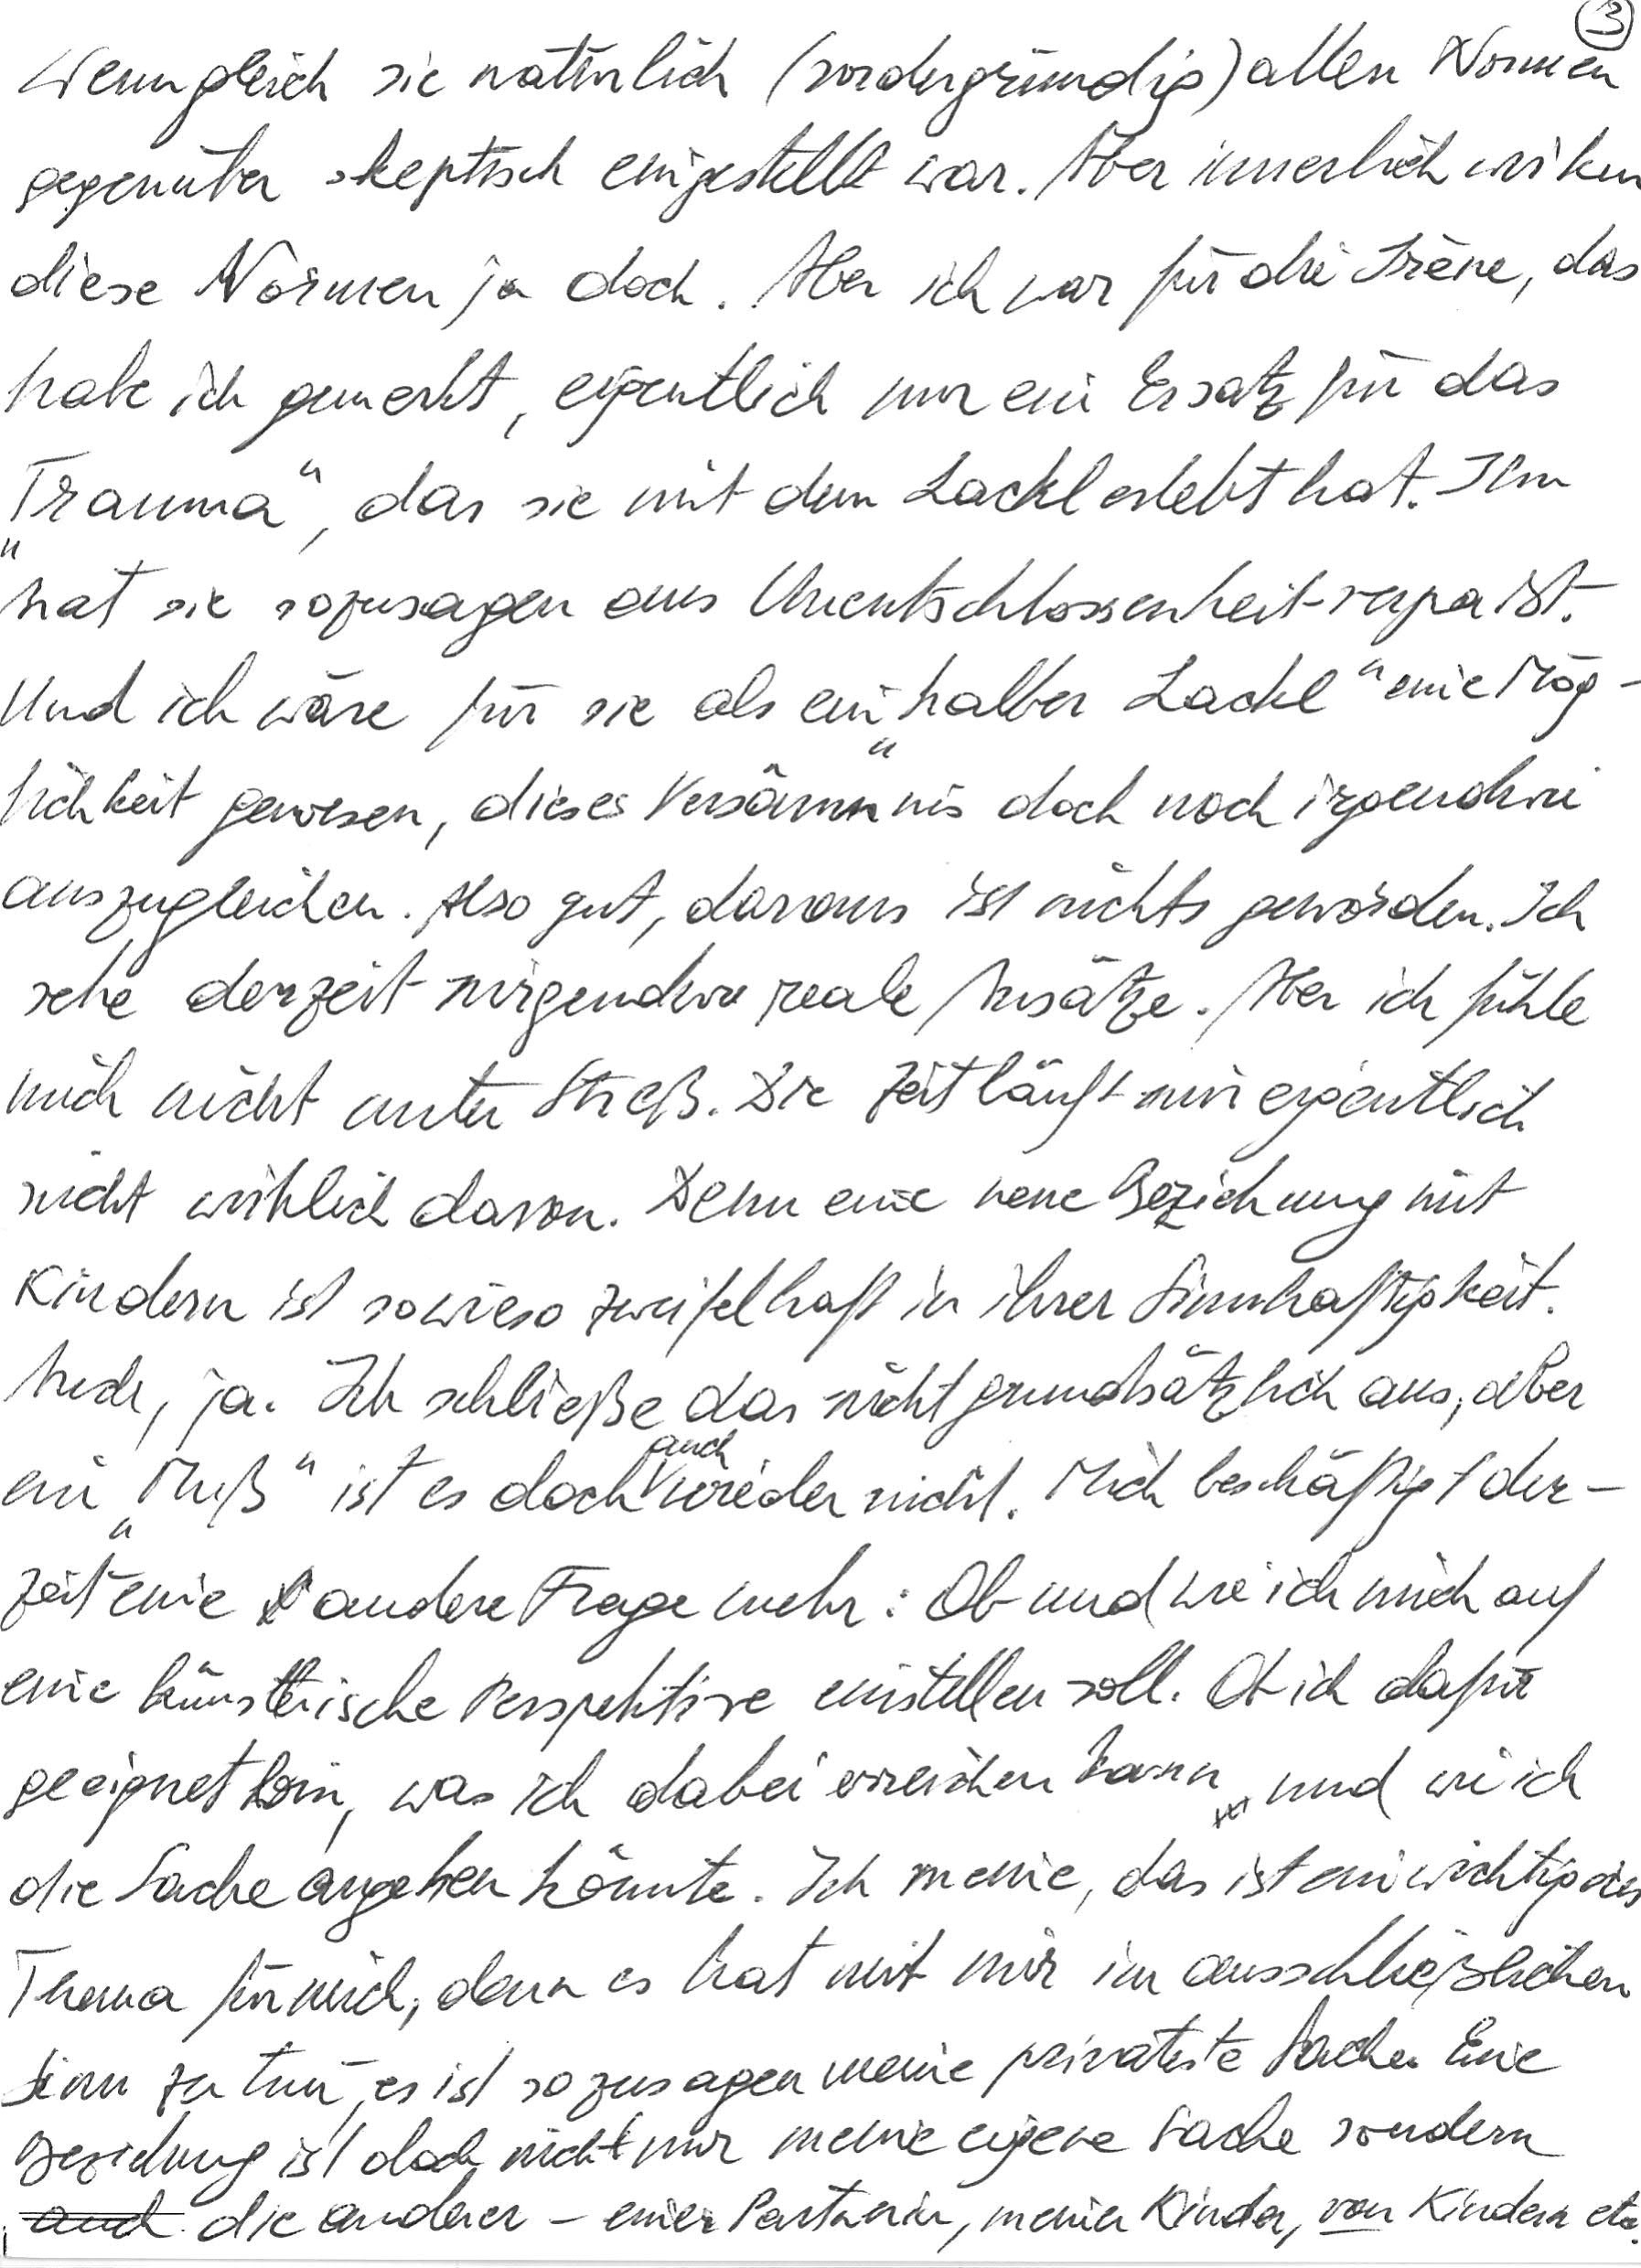
Wenngleich sie natürlich (vordergründig) allen Normen
gegenüber skeptisch eingestellt war. Aber innerlich wirken
diese Normen ja doch. Aber ich war für die Irène, das
habe ich gemerkt, eigentlich nur ein Ersatz für das
„Trauma“, das sie mit dem Lackl erlebt hat. Ihn
hat sie sozusagen aus Unentschlossenheit verpaßt.
Und ich wäre für sie als ein „halber Lackl“ eine Mög-
lichkeit gewesen, dieses Versäumnis doch noch irgendwie
auszugleichen. Also gut, daraus ist nichts geworden. Ich
sehe derzeit nirgendwo reale Ansätze. Aber ich fühle
mich nicht unter Streß. Die Zeit läuft mir eigentlich
nicht wirklich davon. Denn eine neue Beziehung mit
Kindern ist sowieso zweifelhaft in ihrer Sinnhaftigkeit.
Auch, ja. Ich schließe das nicht grundsätzlich aus, aber
ein „Muß“ ist es doch auch wieder nicht. Mich beschäftigt der-
zeit eine andere Frage mehr: Ob und wie ich mich auf
eine künstlerische Perspektive einstellen soll. Ob ich dafür
geeignet bin, was ich dabei erreichen kann und wie ich
die Sache angehen könnte. Ich meine, das ist ein wichtigeres
Thema für mich, denn es hat mit mir im ausschließlichen
Sinn zu tun, es ist sozusagen meine privateste Sache. Eine
Beziehung ist doch nicht nur meine eigene Sache sondern
auch die anderer – einer Partnerin, meiner Kinder, von Kindern etc.